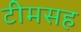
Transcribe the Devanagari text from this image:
टीमसह